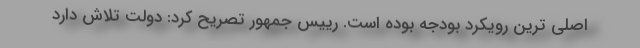
اصلی ترین رویکرد بودجه بوده است. رییس جمهور تصریح کرد: دولت تلاش دارد